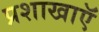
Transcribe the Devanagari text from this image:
प्रशाखाऍं